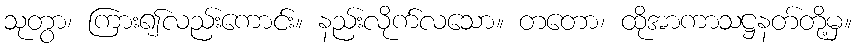
သုတွာ၊ ကြား၍လည်းကောင်း။ နည်းလိုက်လသော။ တတော၊ ထိုအာကာသဋ္ဌနတ်တို့မှ။